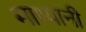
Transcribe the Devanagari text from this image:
माथ्यानी